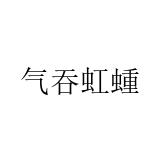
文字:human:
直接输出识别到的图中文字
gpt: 气吞虹蝩